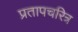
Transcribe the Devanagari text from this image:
प्रतापचरित्र